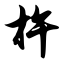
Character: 杵